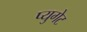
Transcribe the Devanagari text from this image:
प्युगेट